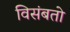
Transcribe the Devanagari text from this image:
विसंबतो